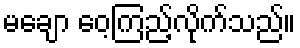
မချော ဝေ့ကြည့်လိုက်သည်။